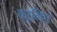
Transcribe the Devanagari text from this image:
ब्रूनिंग